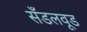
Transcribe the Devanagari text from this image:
सँडलवूड